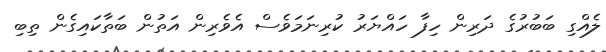
ލެއްގި ބަބުރުގެ ދަރިން ހިފާ ހައްޔަރު ކުރިނަމަވެސް އެވެރިން އަތުން ބަތާކައިގެން ތިބި